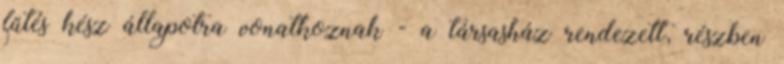
fűtés kész állapotra vonatkoznak - a társasház rendezett, részben